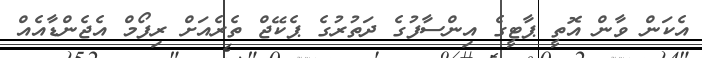
އެކަން ވާން އޮތީ ޕާޓީގެ އިންސާފުގެ ދަތުރުގެ ޕެކޭޖް ތެރެއަށް ރިފޯމް އެޖެންޑާއެއް